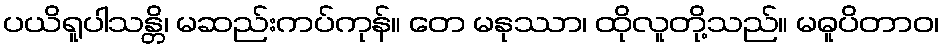
ပယိရူပါသန္တိ၊ မဆည်းကပ်ကုန်။ တေ မနုဿာ၊ ထိုလူတို့သည်။ မဓူပိတာဝ၊